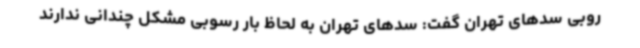
روبی سدهای تهران گفت: سدهای تهران به لحاظ بار رسوبی مشکل چندانی ندارند